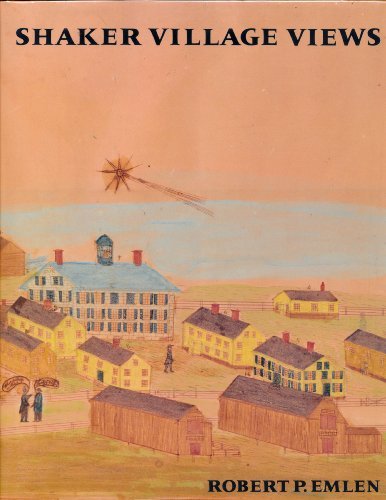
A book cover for SHAKER VILLAGE VIEWS: Illustrated Maps and Landscape Drawings by Shaker Artists of the Nineteenth Century; Robert P. Emlen; Christian Books & Bibles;